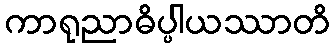
ကာရုညာဓိပ္ပါယဿာတိ